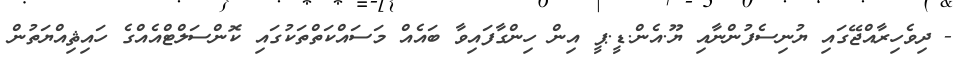
- ދިވެހިރާއްޖޭގައި ޔުނިސެފުންނާއި ޔޫ.އެން.ޑީ.ޕީ އިން ހިންގާފައިވާ ބައެއް މަސައްކަތްތަކުގައި ކޮންސަލްޓްއެއްގެ ހައިޘިއްޔަތުން